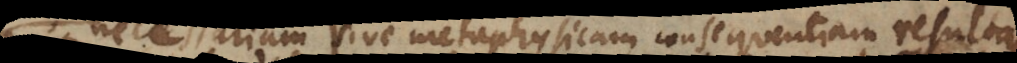
necessariam sive metaphysicam consequentiam resultan